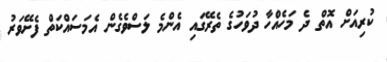
ކުރިއަށް އޮތް ދެ މަހެއްހާ ދުވަހުގެ ތެރޭގައި އެންމެ ލަސްވެގެން އެމަސައްކަތް ފެށޭވަރު